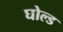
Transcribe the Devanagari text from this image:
घोल्ड